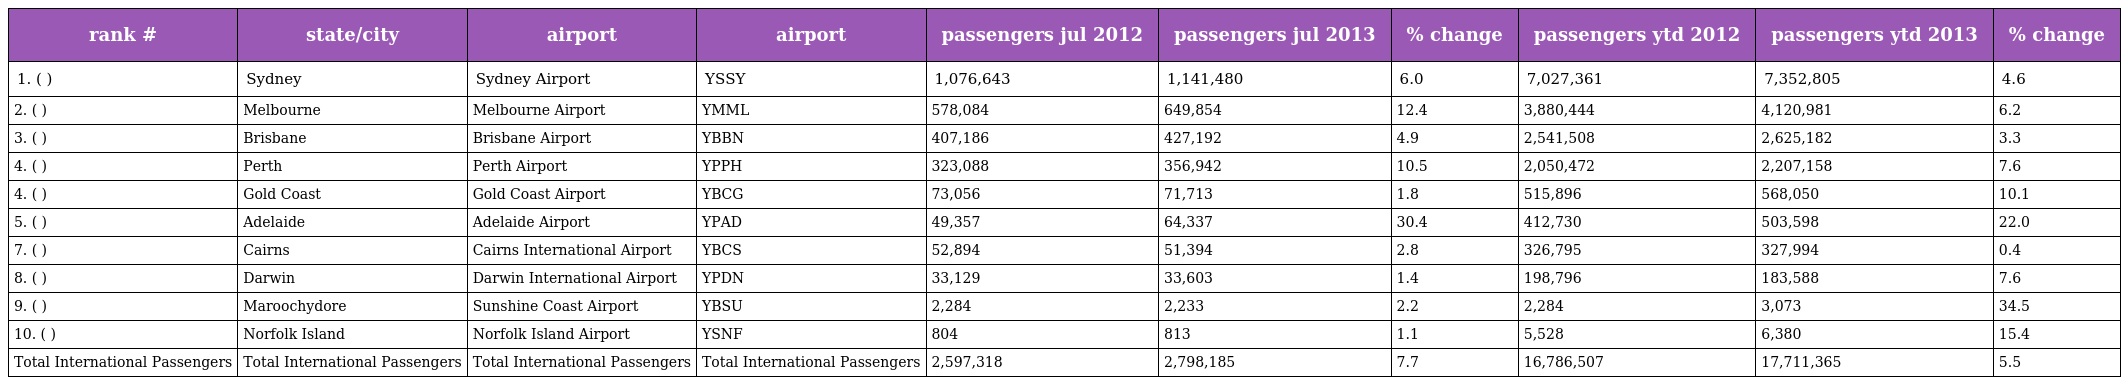
| rank # | state/city | airport | airport | passengers jul 2012 | passengers jul 2013 | % change | passengers ytd 2012 | passengers ytd 2013 | % change |
 | --- | --- | --- | --- | --- | --- | --- | --- | --- | --- |
 | 1. ( ) | Sydney | Sydney Airport | YSSY | 1,076,643 | 1,141,480 | 6.0 | 7,027,361 | 7,352,805 | 4.6 |
 | 2. ( ) | Melbourne | Melbourne Airport | YMML | 578,084 | 649,854 | 12.4 | 3,880,444 | 4,120,981 | 6.2 |
 | 3. ( ) | Brisbane | Brisbane Airport | YBBN | 407,186 | 427,192 | 4.9 | 2,541,508 | 2,625,182 | 3.3 |
 | 4. ( ) | Perth | Perth Airport | YPPH | 323,088 | 356,942 | 10.5 | 2,050,472 | 2,207,158 | 7.6 |
 | 4. ( ) | Gold Coast | Gold Coast Airport | YBCG | 73,056 | 71,713 | 1.8 | 515,896 | 568,050 | 10.1 |
 | 5. ( ) | Adelaide | Adelaide Airport | YPAD | 49,357 | 64,337 | 30.4 | 412,730 | 503,598 | 22.0 |
 | 7. ( ) | Cairns | Cairns International Airport | YBCS | 52,894 | 51,394 | 2.8 | 326,795 | 327,994 | 0.4 |
 | 8. ( ) | Darwin | Darwin International Airport | YPDN | 33,129 | 33,603 | 1.4 | 198,796 | 183,588 | 7.6 |
 | 9. ( ) | Maroochydore | Sunshine Coast Airport | YBSU | 2,284 | 2,233 | 2.2 | 2,284 | 3,073 | 34.5 |
 | 10. ( ) | Norfolk Island | Norfolk Island Airport | YSNF | 804 | 813 | 1.1 | 5,528 | 6,380 | 15.4 |
 | Total International Passengers | Total International Passengers | Total International Passengers | Total International Passengers | 2,597,318 | 2,798,185 | 7.7 | 16,786,507 | 17,711,365 | 5.5 |